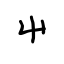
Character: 屮